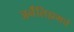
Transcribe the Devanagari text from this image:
जर्नॅलिझमचे